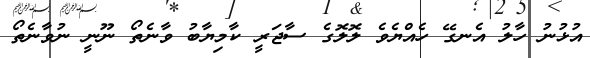
އުޅުނު ހާލު އެނގޭ ހެއްޔެެވެ ލޮލޮގެ ސާޖަރީ ކާމިޔާބު ވާނެތޯ ނޫނީ ނުވާނެތޯ